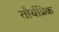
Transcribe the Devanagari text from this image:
तौर्यत्रिक